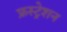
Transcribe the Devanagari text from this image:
फ्रस्ट्रेशन